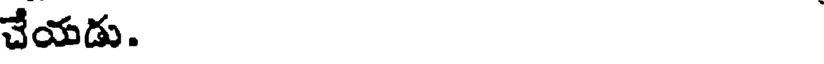
చేయడు.